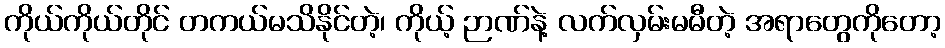
ကိုယ်ကိုယ်တိုင် တကယ်မသိနိုင်တဲ့၊ ကိုယ့် ဉာဏ်နဲ့ လက်လှမ်းမမီတဲ့ အရာတွေကိုတော့